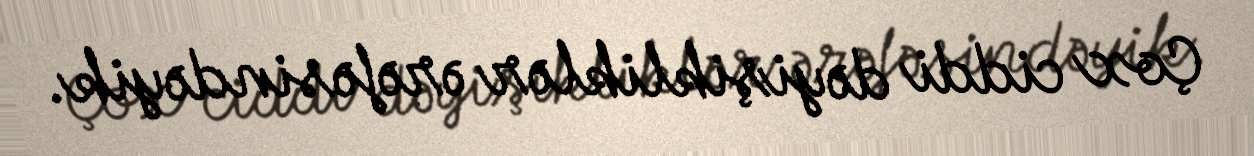
Çox ciddi dəyişikliklər ərəfəsindəyik.